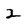
Character: 2